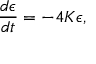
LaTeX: \frac { d \epsilon } { d t } = - 4 K \epsilon ,